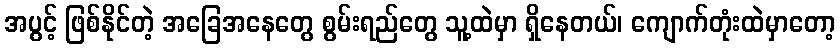
အပွင့် ဖြစ်နိုင်တဲ့ အခြေအနေတွေ စွမ်းရည်တွေ သူ့ထဲမှာ ရှိနေတယ်၊ ကျောက်တုံးထဲမှာတော့